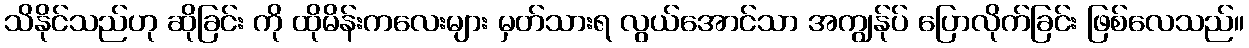
သိနိုင်သည်ဟု ဆိုခြင်း ကို ထိုမိန်းကလေးများ မှတ်သားရ လွယ်အောင်သာ အကျွန်ုပ် ပြောလိုက်ခြင်း ဖြစ်လေသည်။